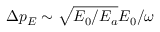
\Delta p _ { E } \sim \sqrt { E _ { 0 } / E _ { a } } E _ { 0 } / \omega